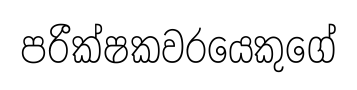
පරීක්ෂකවරයෙකුගේ